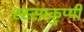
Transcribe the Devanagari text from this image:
रस्साकुप्पी